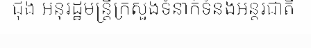
ជុង អនុរដ្ឋមន្ត្រីក្រសួងទំនាក់ទំនងអន្តរជាតិ